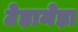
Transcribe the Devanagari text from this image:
टेड़ामेड़ा